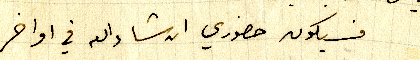
فسيكون حضوري ان شاءالله في اواخر